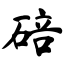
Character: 碚